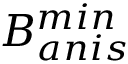
B _ { a n i s } ^ { m i n }